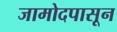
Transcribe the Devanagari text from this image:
जामोदपासून